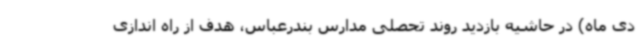
دی ماه) در حاشیه بازدید روند تحصلی مدارس بندرعباس، هدف از راه اندازی